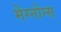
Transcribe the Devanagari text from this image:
मेग्नोन्स